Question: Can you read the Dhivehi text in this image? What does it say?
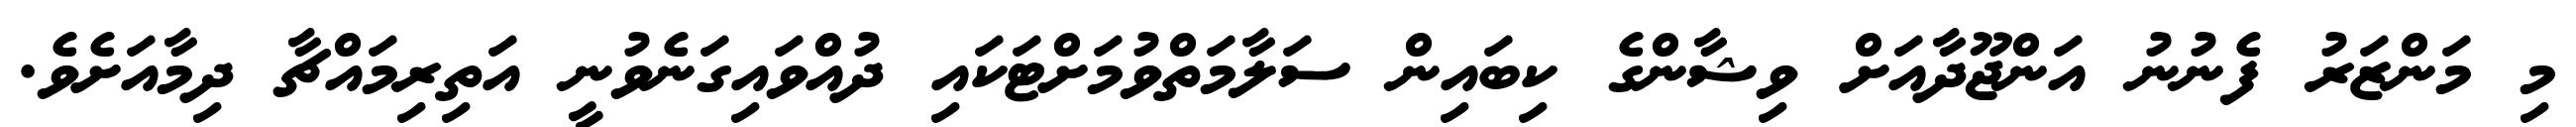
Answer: މި މަންޒަރު ފެނުނު އަންޖޫދާއަށް ވިޝާންގެ ކިބައިން ސަލާމަތްވުމަށްޓަކައި ދުއްވައިގަނެވުނީ އަތިރިމައްޗާ ދިމާއަށެވެ.